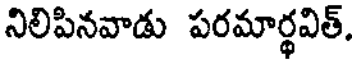
నిలిపినవాడు పరమార్థవిత్.